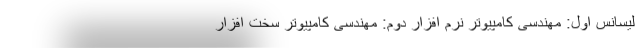
لیسانس اول: مهندسی کامپیوتر نرم افزار دوم: مهندسی کامپیوتر سخت افزار